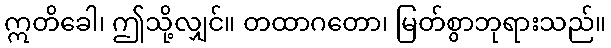
ဣတိခေါ၊ ဤသို့လျှင်။ တထာဂတော၊ မြတ်စွာဘုရားသည်။